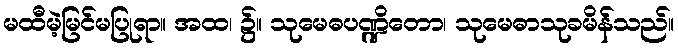
မထီမဲ့မြင်မပြုရာ။ အထ၊ ၌။ သုမေဓပဏ္ဍိတော၊ သုမေဓာသုခမိန်သည်။